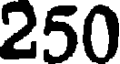
250